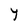
Character: y